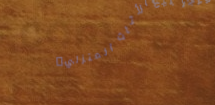
متجر بيع الأثاث المنزلي: